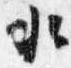
水